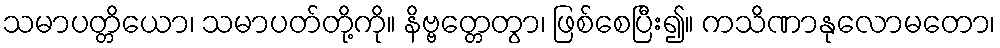
သမာပတ္တိယော၊ သမာပတ်တို့ကို။ နိဗ္ဗတ္တေတွာ၊ ဖြစ်စေပြီး၍။ ကသိဏာနုလောမတော၊